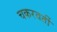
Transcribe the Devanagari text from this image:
चकरवर्ती